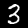
Label: 3